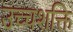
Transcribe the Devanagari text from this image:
उच्चशक्ति